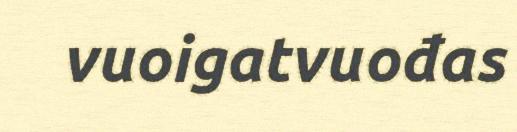
vuoigatvuođas